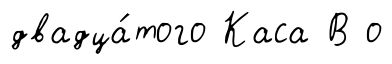
двадца́того Каса В о